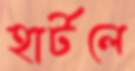
হার্টলে